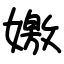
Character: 嬓